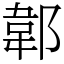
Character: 郼